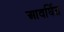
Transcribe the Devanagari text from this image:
आवर्घित